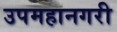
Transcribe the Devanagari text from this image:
उपमहानगरी